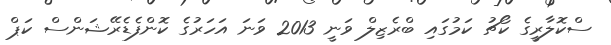
ސްކޮލާރީގެ ކޯޗު ކަމުގައި ބްރެޒިލް ވަނީ 2013 ވަނަ އަހަރުގެ ކޮންފެޑެރޭޝަންސް ކަޕް